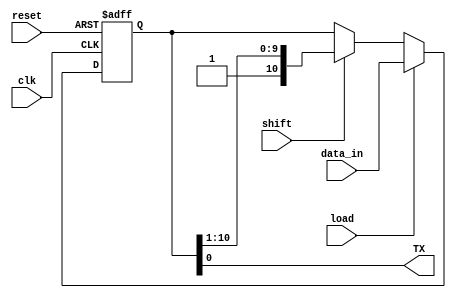
`timescale 1ns / 1ps
//****************************************************************//
//																						//
//  Created by Jacob Nguyen on 10/01/18.                          //
//  Copyright  2018 Jacob Nguyen. All rights reserved.           //
//																						//
//	 Abstract: The shift register is responsible for being loaded	//
//				  with the correct information then being shifted  	//
//				  and outputted the correct number of times to the		//
//				  tx signal. Tx signal is one bit because UART 			//
//				  configuration is parallel-in-serial-out. Upon			//
//				  reset, the shift register is loaded with "1's",		//
//				  marking the Tx signal as inactive. Only when a		//
//				  "0" is shifted into the Tx signal will it be 			//
//				  considered the start bit and begin transmission.		//
//																						//
//  In submitting this file for class work at CSULB               //
//  I am confirming that this is my work and the work             //
//  of no one else. In submitting this code I acknowledge that 	//
//  plagiarism in student project work is subject to dismissal 	//
//  from the class 																//
//****************************************************************//
module shift_register(clk, reset, load, shift, data_in, TX);

	input 		 clk,
					 reset,
					 load,
					 shift;
	
	input [10:0] data_in;
	
	output TX;
	
	reg [10:0] shift_reg;

	always @(posedge clk, posedge reset) begin
		if (reset) shift_reg <=   					 11'h3FF; else
		if (load)  shift_reg <= 					 data_in; else 
		if (shift) shift_reg <= {1'b1, shift_reg[10:1]}; else
					  shift_reg <= shift_reg;
	end

	assign TX = shift_reg[0];
	
endmodule